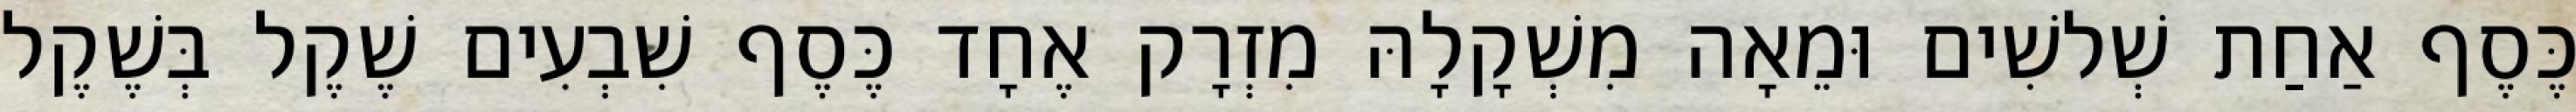
כֶּסֶף אַחַת שְׁלשִׁים וּמֵאָה מִשְׁקָלָהּ מִזְרָק אֶחָד כֶּסֶף שִׁבְעִים שֶׁקֶל בְּשֶׁקֶל